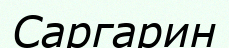
Саргарин